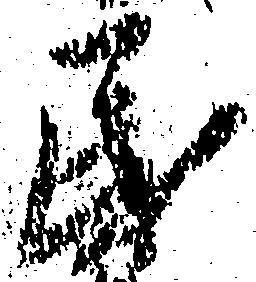
民